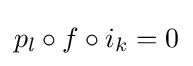
p_{l}\circ f\circ i_{k}=0